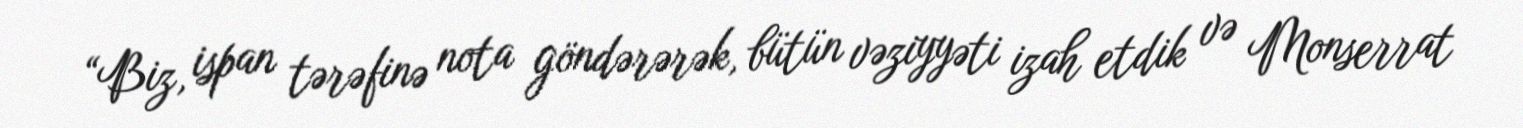
“Biz, ispan tərəfinə nota göndərərək, bütün vəziyyəti izah etdik və Monserrat